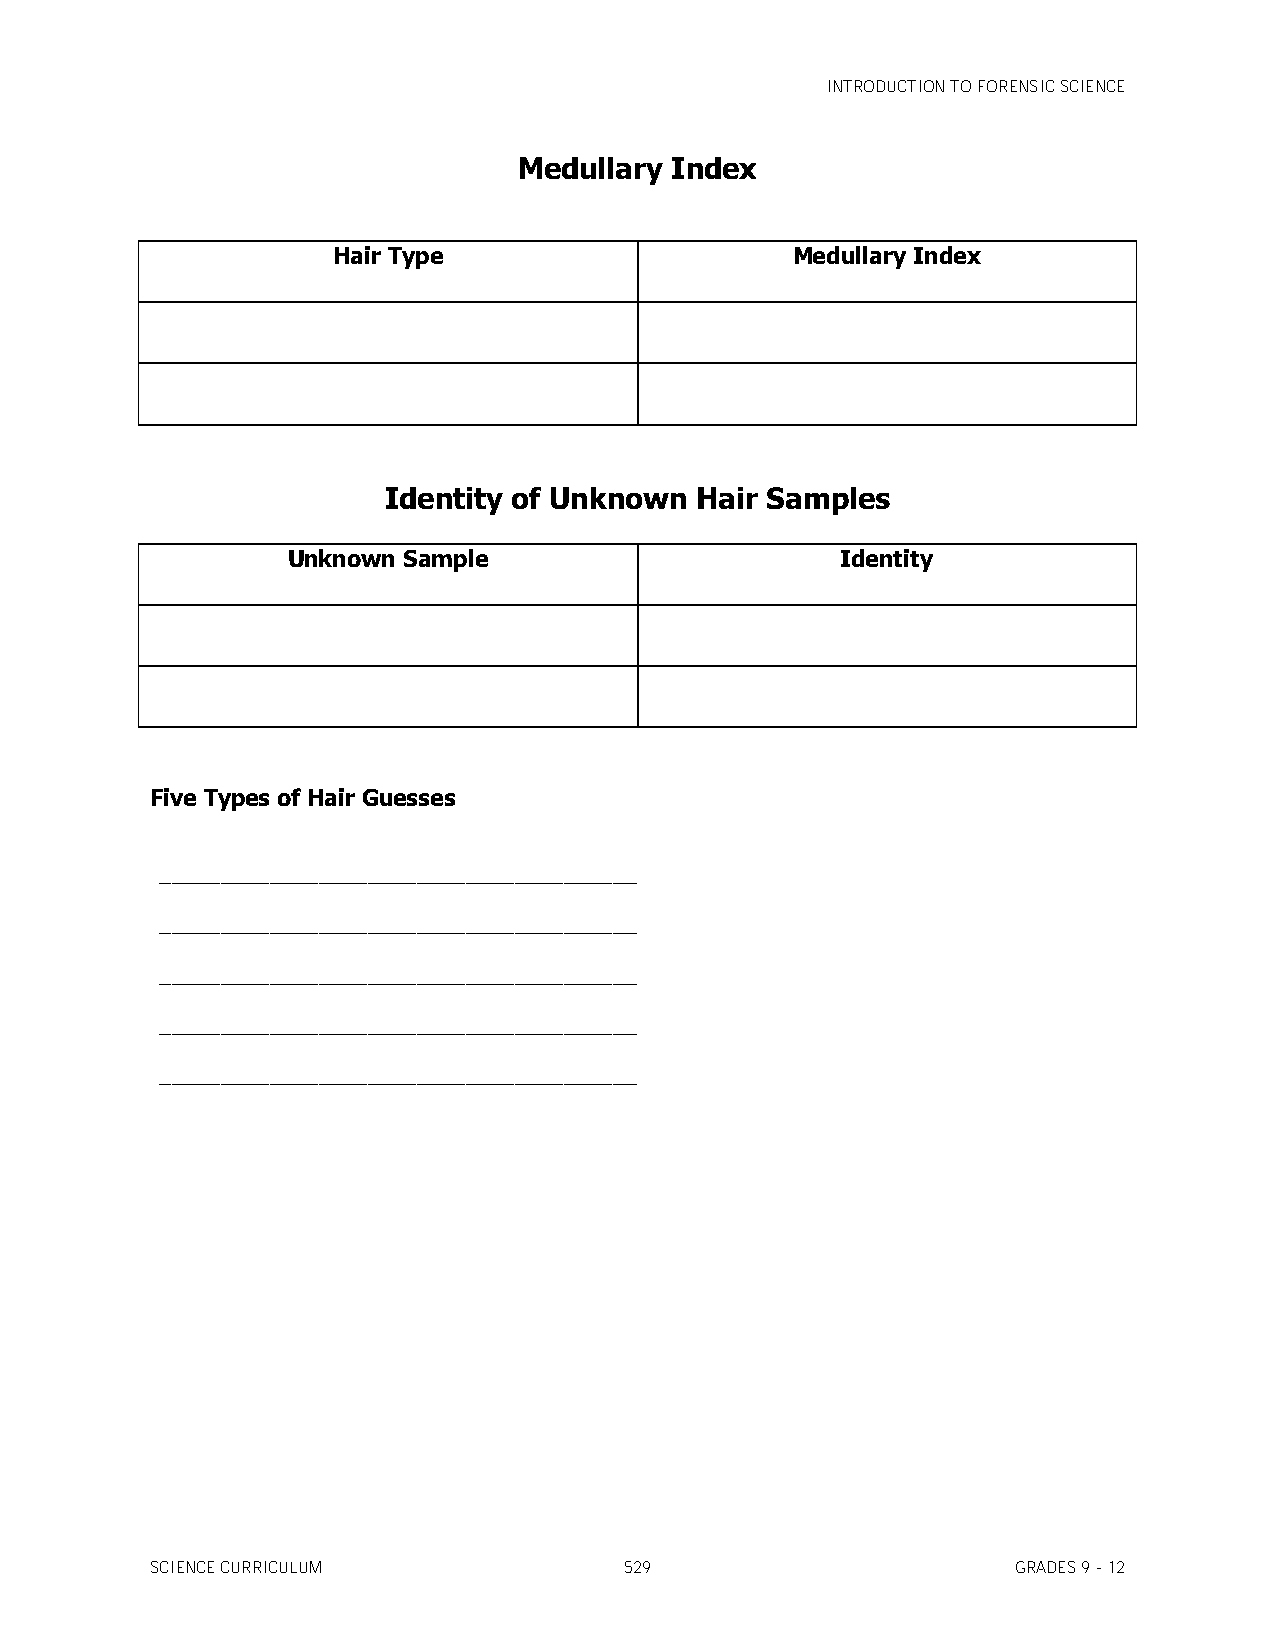
INTRODUCTION TO FORENSIC SCIENCE
 Medullary Index
 Hair Type                     Medullary Index
 Identity of Unknown  Hair Samples
 Unknown Sample                       Identity
 Five Types of Hair Guesses
 _______________________________________
 _______________________________________
 _______________________________________
 _______________________________________
 _______________________________________
 SCIENCE CURRICULUM             529                       GRADES 9 - 12